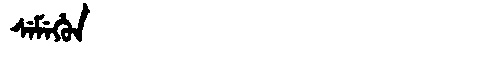
Manchu: ᠰᡝᠮᡝᡥᡠᠨ
Romanization: SEMEHUN